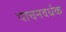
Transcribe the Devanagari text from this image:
पाचनवर्धक